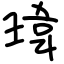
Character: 瑋